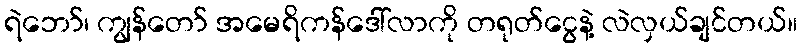
ရဲဘော်၊ ကျွန်တော် အမေရိကန်ဒေါ်လာကို တရုတ်ငွေနဲ့ လဲလှယ်ချင်တယ်။